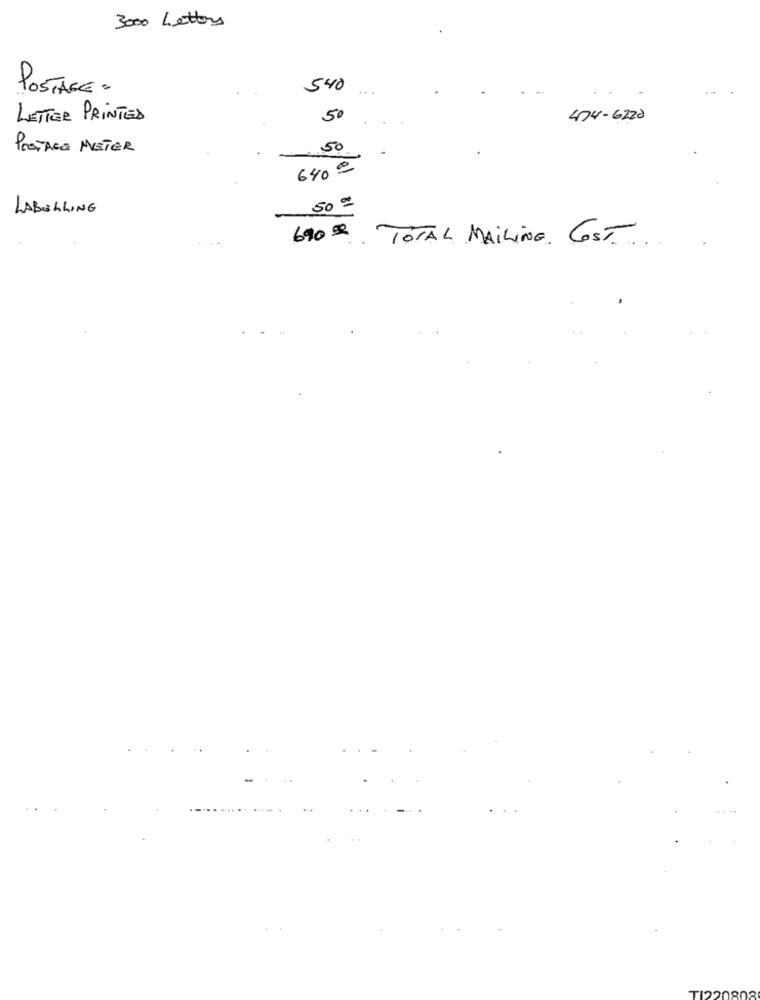
3000 Letters
POSTAGE .
540
LETTER PRINTED
50
474-6220
PRETACE METER
.50
640 0
LABELLING
50 00
690 € TOTAL MAILING. COST.